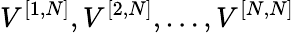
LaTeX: V^{[{1},{N}]},V^{[{2},{N}]},\ldots,V^{[{N},{N}]}